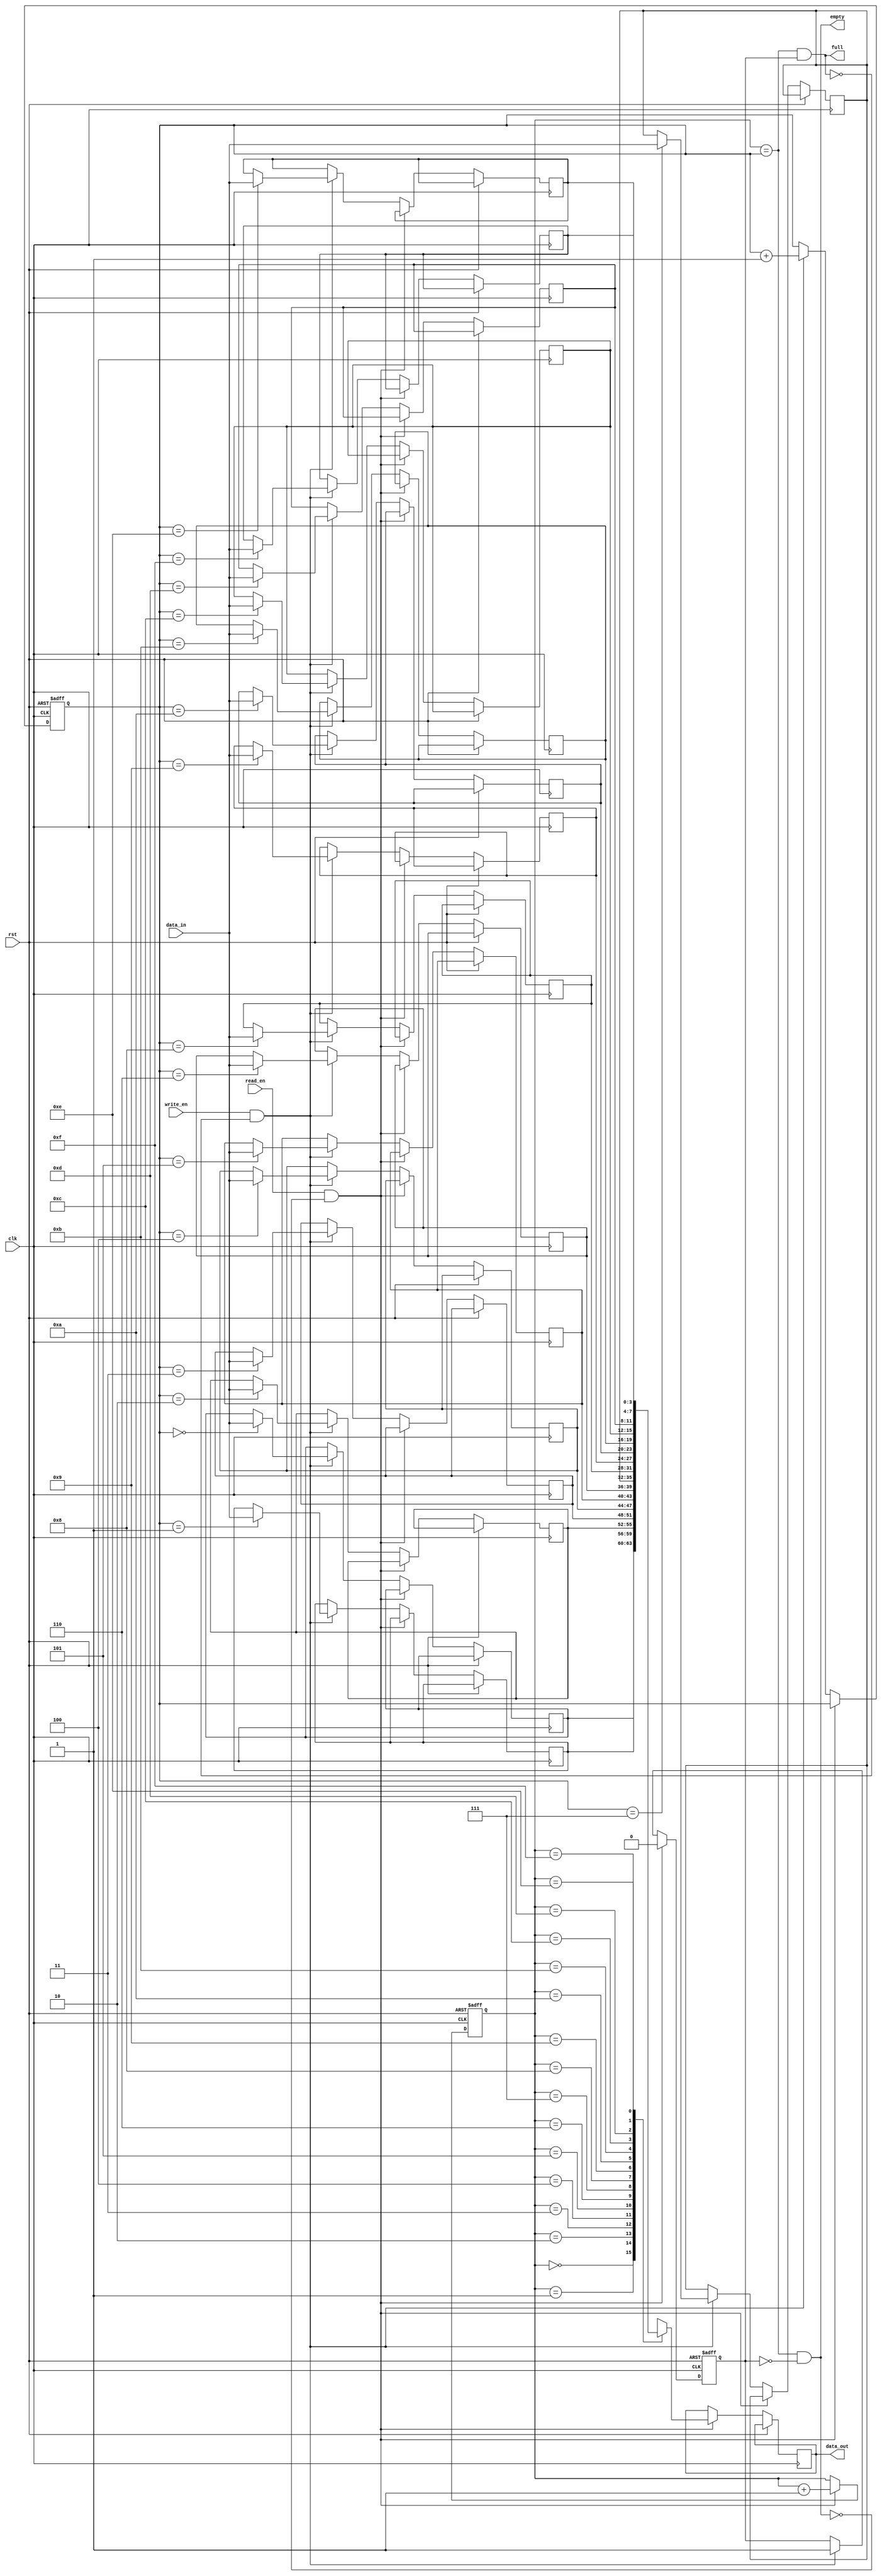
module fifo  #(
// parameter declarations
parameter AWIDTH = 4,  
parameter DWIDTH = 4
)
(

// port declarations
input 	   clk, rst, write_en, read_en,
input	      [DWIDTH-1:0] data_in,
output      full, empty,
output reg  [DWIDTH-1:0] data_out
);

// variable declarations
localparam DEPTH = 2** AWIDTH;  
reg [DWIDTH-1:0] mem [0:DEPTH-1];

reg [AWIDTH-1:0] wptr;  
reg [AWIDTH-1:0] rptr;  
reg wrote;

// functional code
always @(posedge clk or posedge rst) begin
	if (rst) begin
		rptr <= 1'b0;
		wptr <= 1'b0;
		wrote <= 1'b0;  
	end
	else if (read_en && !empty)  begin
			data_out <= mem[rptr];
			rptr <= rptr + 1;  
			wrote <= 0;
	end
	else if (write_en && !full)  begin
		mem[wptr] <= data_in;
		wptr <= wptr + 1;
		wrote <= 1;  
	end 
end

assign empty = (rptr == wptr) && !wrote;  
assign full  = (rptr == wptr) &&	wrote;

endmodule